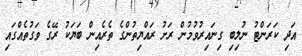
އަދި ކަރަންޓު ނުލިބި ގިނައިރުވުމުން ރަށު ރައްޔިތުންގެ ތެރެއިން ބަޔަކު ރޭގެ ވަގުތެއްގައި